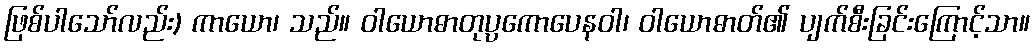
ဖြစ်ပါသော်လည်း) ကာယော၊ သည်။ ဝါယောဓာတုပ္ပကောပေနဝါ၊ ဝါယောဓာတ်၏ ပျက်စီးခြင်းကြောင့်သာ။